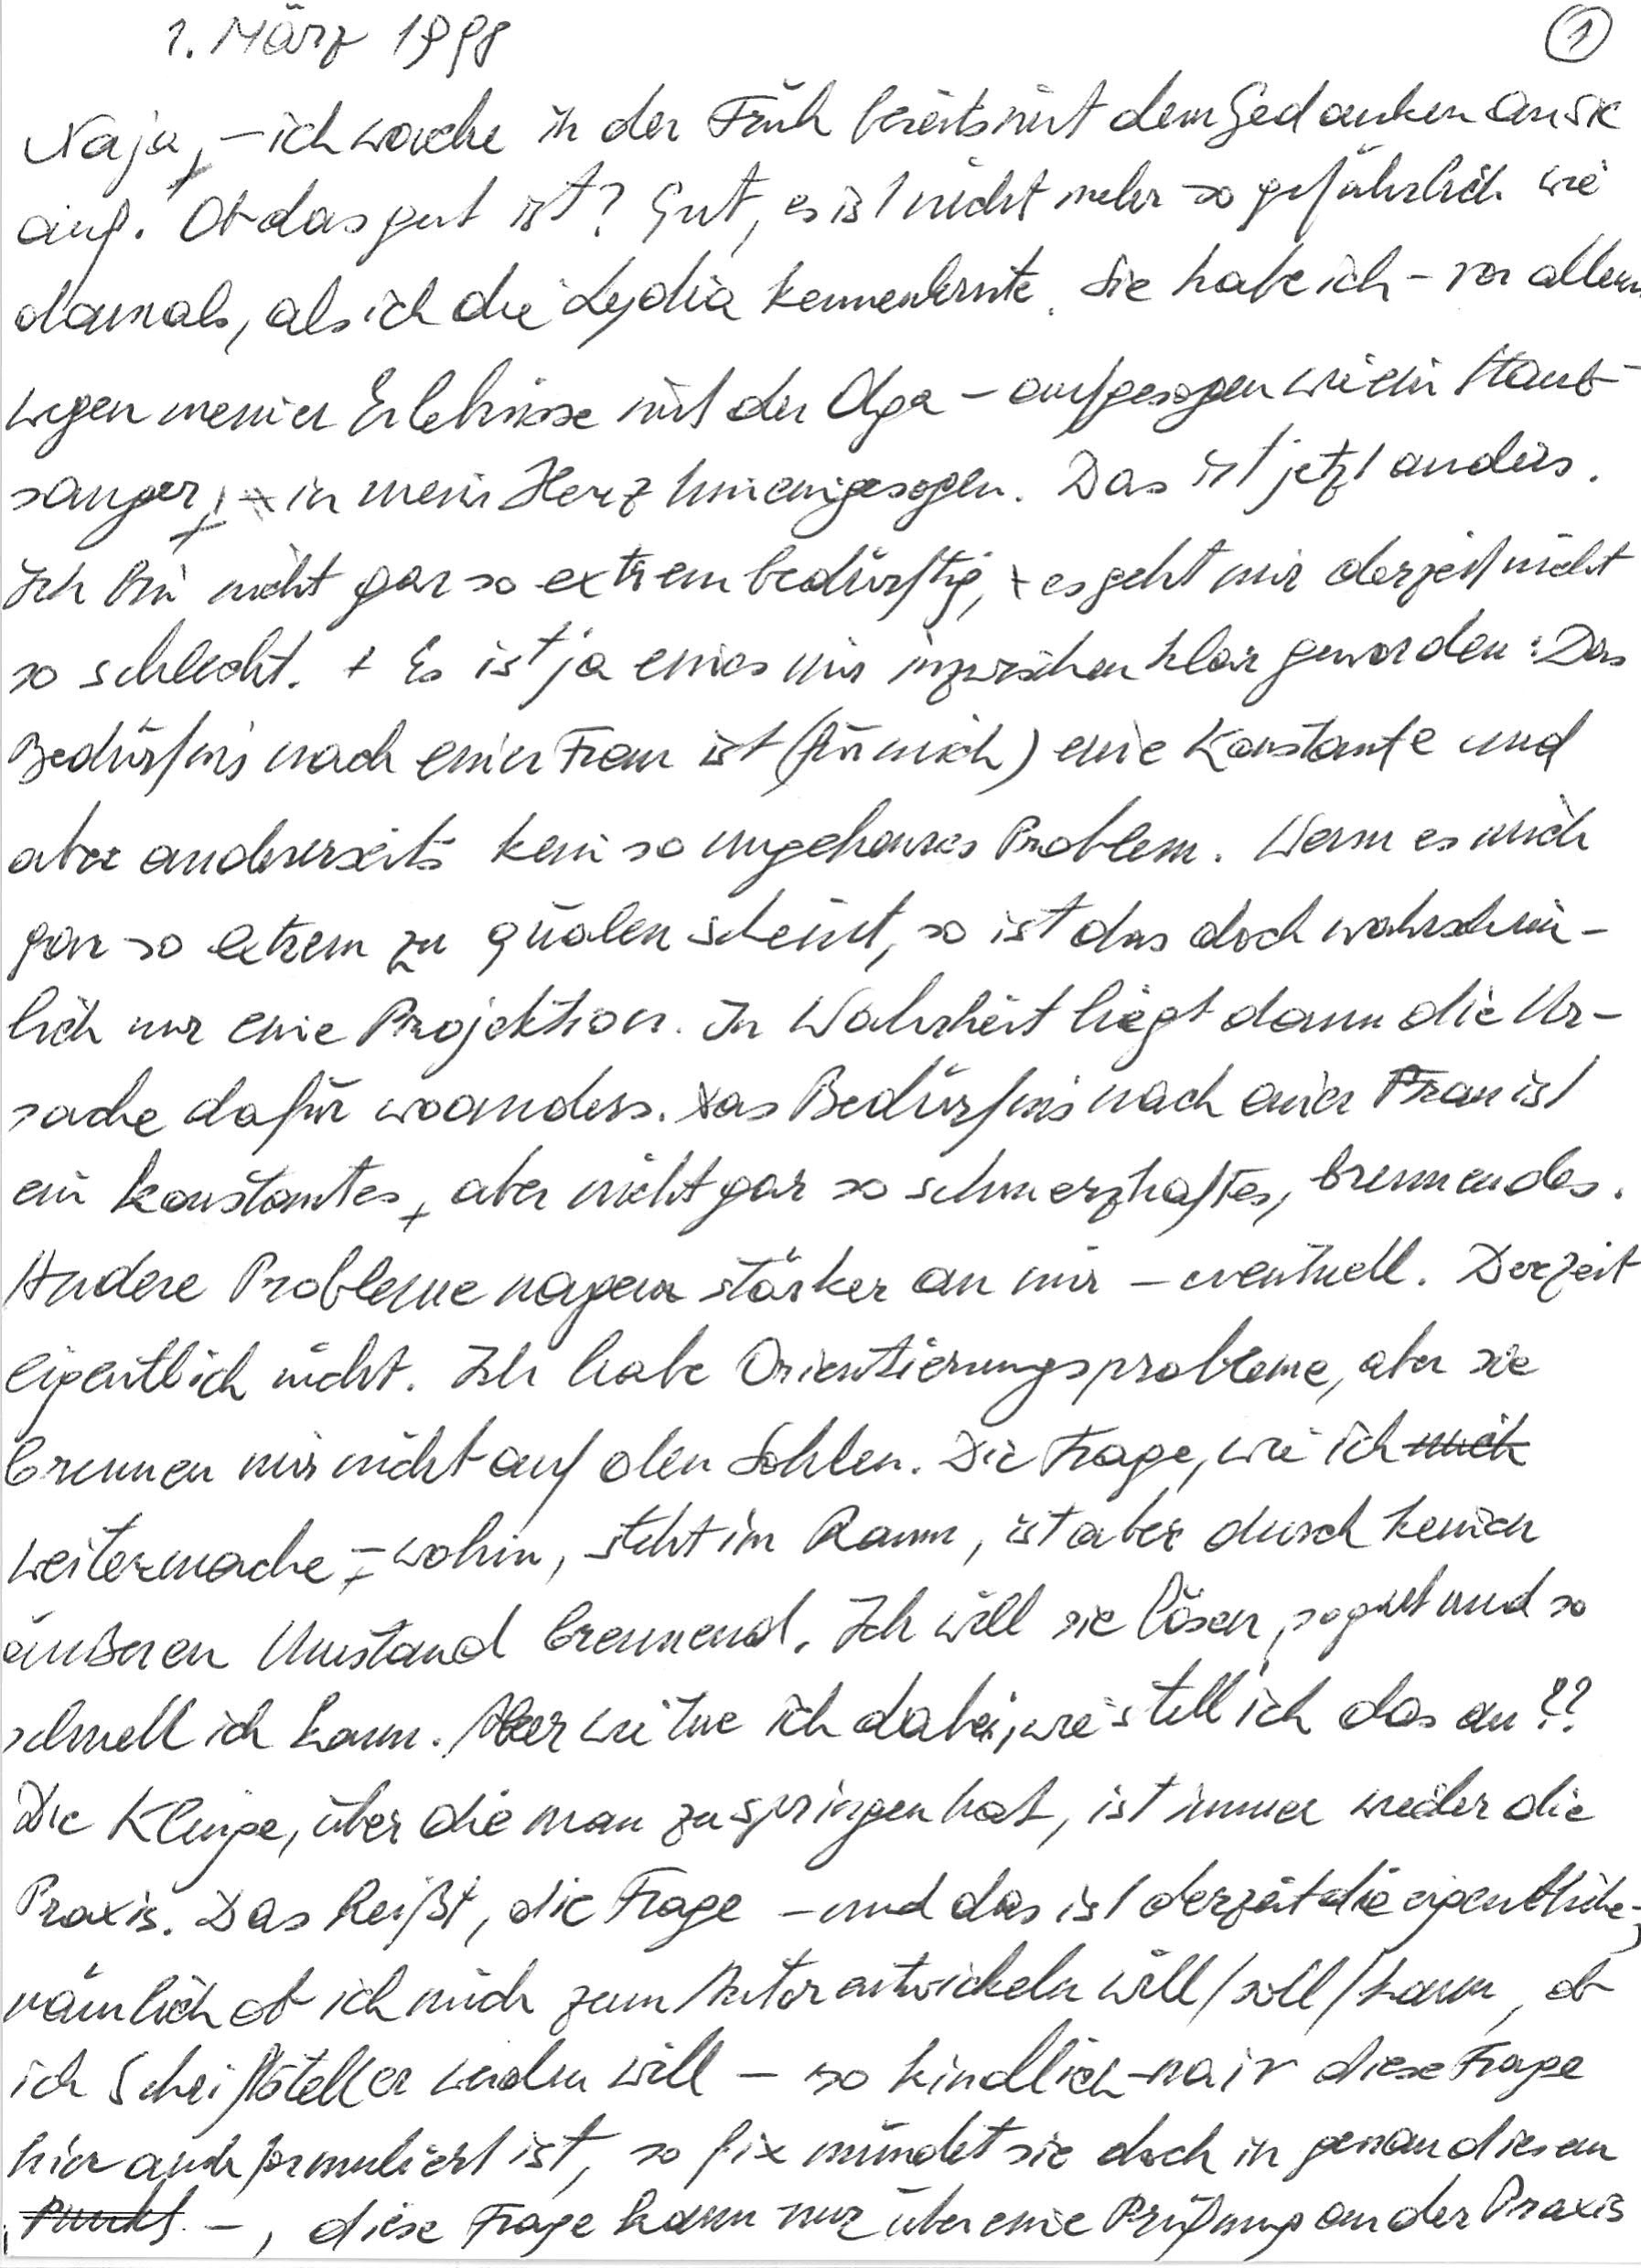
1. März 1998
Naja – ich wache in der Früh bereits mit dem Gedanken an sie
auf. Ob das gut ist? Gut, es ist nicht mehr so gefährlich wie
damals, als ich die Lydia kennenlernte. Sie habe ich – vor allem
wegen meiner Erlebnisse mit der Olga – aufgesogen wie ein Staub-
sauger, in mein Herz hineingesogen. Das ist jetzt anders.
Ich bin nicht gar so extrem bedürftig, es geht mir derzeit nicht
so schlecht. Es ist ja eines mir inzwischen klar geworden: Das
Bedürfnis nach einer Frau ist (für mich) eine Konstante und
aber andererseits kein so ungeheures Problem. Wenn es mich
gar so extrem zu quälen scheint, so ist das doch wahrschein-
lich nur eine Projektion. In Wahrheit liegt dann die Ur-
sache dafür woanders. Das Bedürfnis nach einer Frau ist
ein konstantes aber nicht gar so schmerzhaftes, brennendes.
Andere Probleme nagen stärker an mir – eventuell. Derzeit
eigentlich nicht. Ich habe Orientierungsprobleme, aber sie
brennen mir nicht auf den Sohlen. Die Frage, wie ich
weitermache – wohin, steht im Raum, ist aber durch keinen
äußeren Umstand brennend. Ich will sie lösen, so gut und so
schnell ich kann. Aber wie tue ich dabei, wie stell‘ ich das an??
Die Klinge, über die man zu springen hat, ist immer wieder die
Praxis. Das heißt, die Frage – und das ist derzeit die eigentliche –,
nämlich ob ich mich zum Autor entwickeln will/soll/kann, ob
ich Schriftsteller werden will – so kindlich-naiv diese Frage
hier auch formuliert ist, so fix mündet sie doch in genau diesem
Punkt –, diese Frage kann nur über eine Prüfung an der Praxis